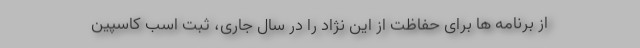
از برنامه ها برای حفاظت از این نژاد را در سال جاری، ثبت اسب کاسپین